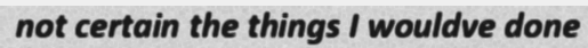
not certain the things I wouldve done